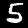
Digit: 5